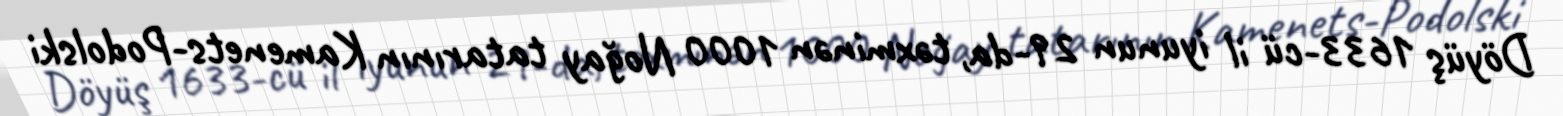
Döyüş 1633-cü il iyunun 29-da, təxminən 1000 Noğay tatarının Kamenets-Podolski